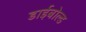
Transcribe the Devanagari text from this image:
डाईबोल्ड